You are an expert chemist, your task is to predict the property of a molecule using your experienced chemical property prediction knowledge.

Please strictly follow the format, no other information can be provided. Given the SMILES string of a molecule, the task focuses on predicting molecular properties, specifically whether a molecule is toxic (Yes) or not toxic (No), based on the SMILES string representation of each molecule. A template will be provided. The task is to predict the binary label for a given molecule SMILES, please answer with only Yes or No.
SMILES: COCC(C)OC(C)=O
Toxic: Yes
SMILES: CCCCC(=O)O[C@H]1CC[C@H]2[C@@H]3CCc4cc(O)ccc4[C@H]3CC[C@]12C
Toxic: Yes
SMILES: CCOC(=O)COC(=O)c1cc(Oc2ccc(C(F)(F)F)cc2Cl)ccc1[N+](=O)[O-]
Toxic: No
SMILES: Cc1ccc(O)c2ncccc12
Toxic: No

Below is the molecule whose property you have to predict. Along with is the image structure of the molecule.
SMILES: Cc1nnc2n1-c1ccc(Cl)cc1C(c1ccccc1Cl)=NC2
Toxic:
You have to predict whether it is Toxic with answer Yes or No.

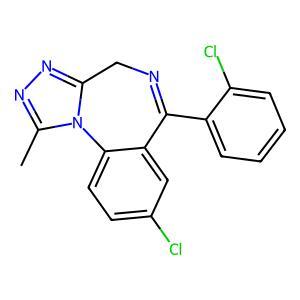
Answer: No